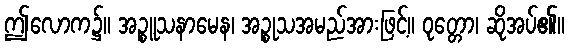
ဤလောက၌။ အဉ္စူသနာမေန၊ အဉ္စုသအမည်အားဖြင့်။ ဝုတ္တော၊ ဆိုအပ်၏။